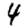
Digit: 4